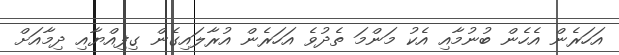
އަހަރެން އެހެން ބުނުމާއި އެކު މަންމަ ތެދުވެ އަހަރެން އުރާލައިގެން ގިފިއްޔާއި ދިމާއަށް